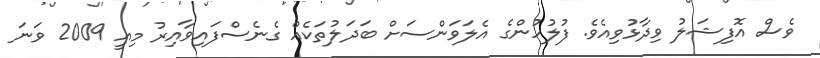
ވެސް އޮފިޝަލު ވިދާޅުވިއެވެ. ފުލުހުންގެ އެލަވަންސަށް ބަދަލުތަކެއް ގެނެސްފައިވާއިރު މިއީ 2009 ވަނަ